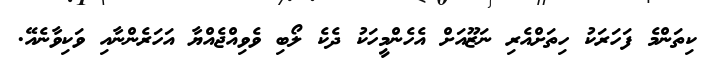
ކިތަންމެ ފަހަރަކު ހިތަށްއެރި ނަޒޫއަށް އެހެންމީހަކު ދެކެ ލޯބި ވެވިއްޖެއްޔާ އަހަރެންނާއި ވަކިވާނެއޭ.